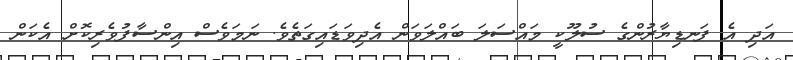
އަދި އެ ފަނޑިޔާރުންގެ ސުލޫކީ މައްސަލަ ބައްލަވަން އެދިވަޑައިގަތެވެ. ނަމަވެސް އިންސާފުވެރިކޮށް އެކަން